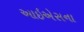
આઇએસના